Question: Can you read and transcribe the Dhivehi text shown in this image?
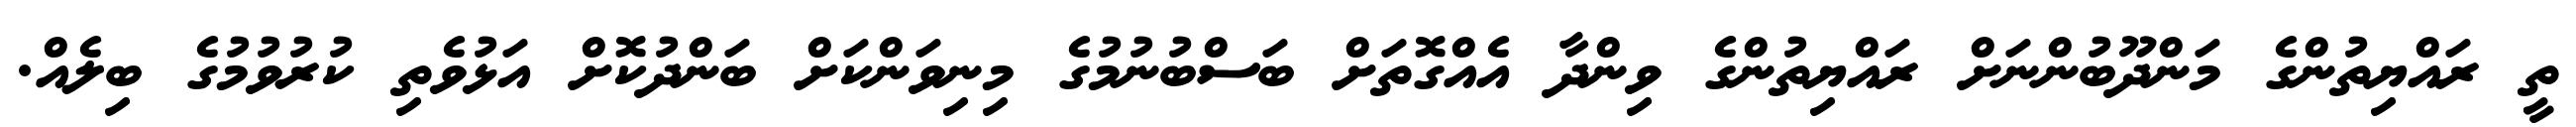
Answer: ތީ ރައްޔިތުންގެ މަންދޫބުންނަށް ރައްޔިތުންގެ ވިންދާ އެއްގޮތަށް ބަސްބުނުމުގެ މިނިވަންކަށް ބަންދުކޮށް އަޅުވެތި ކުރުވުމުގެ ބިލެއް.